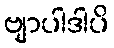
ဗျာပါဒါပိ